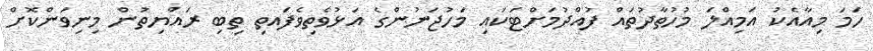
ހަމަ މިއާއެކު އަމިއްލަ މުހުތާދުތައް ފުއްދުމަށްޓަކައި މަހުޖަނުންގެ އަޅުވެތިވެފައތި ތިބި ރައްޔިތުން މިނިވަންކޮށް